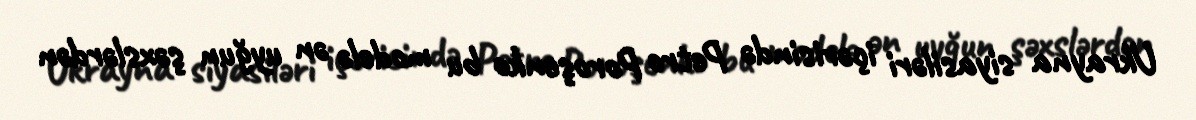
Ukrayna siyasiləri içərisində Petro Poroşenko bu modelə ən uyğun şəxslərdən